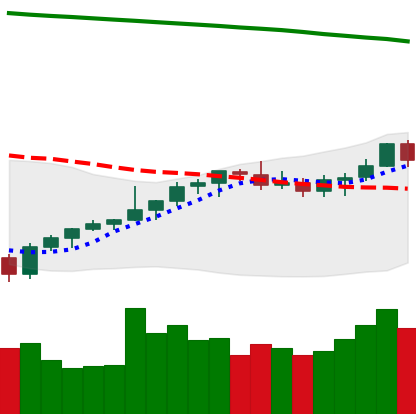
Ticker: LTC-USD
Chart end date: 2021-08-08
Forward return: 22.315%
Label: up_7plus